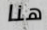
هنا